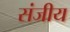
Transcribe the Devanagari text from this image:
संजीय